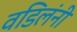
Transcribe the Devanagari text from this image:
वडिलंनी